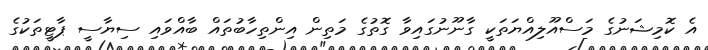
އެ ކޮމިޝަނުގެ މަސްއޫލިއްޔަތަކީ ގާނޫނުގައިވާ ގޮތުގެ މަތިން އިންތިހާބުތައް ބާއްވައި ސިޔާސީ ޕާޓީތަކުގެ